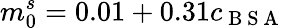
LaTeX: m_{0}^{s}=0.01+0.31c_{\mathrm{~B~S~A~}}